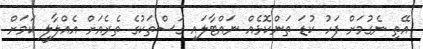
އޭތި ނެގުމަށް ފަހު ކުޑަ ތަންކޮޅެއް ނައްޓާލައި ގަސްތަކުގެ ތެރެއަށް އެއްލާލީ ކަމަށް